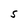
Character: S